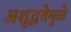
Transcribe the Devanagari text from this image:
अशुद्धतेमुळे